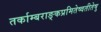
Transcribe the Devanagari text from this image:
तर्काम्बराङ्कप्रमितेष्वतीतेषु